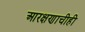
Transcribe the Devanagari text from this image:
आरक्षणाचीही